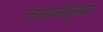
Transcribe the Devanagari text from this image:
लाइआसुस